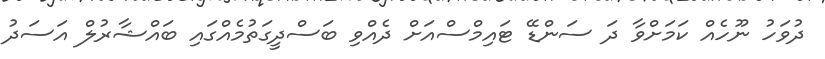
ދުވަހު ނޫހެއް ކަމަށްވާ ދަ ސަންޑޭ ޓައިމްސްއަށް ދެއްވި ބަސްދީގަތުމެއްގައި ބައްޝާރުލް އަސަދު